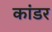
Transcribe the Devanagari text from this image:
कांडर